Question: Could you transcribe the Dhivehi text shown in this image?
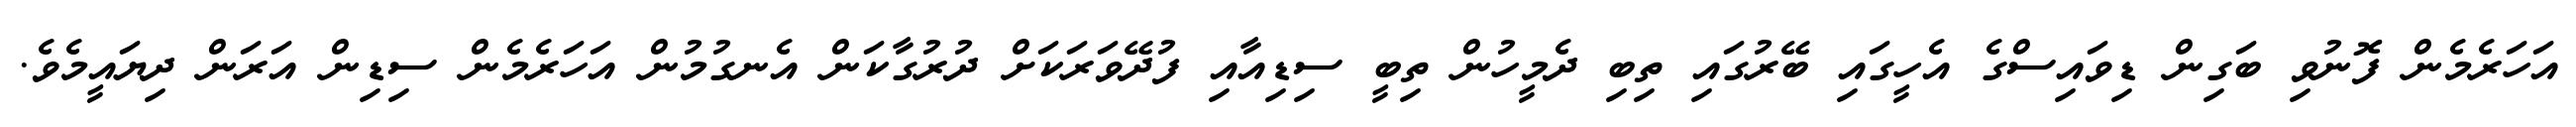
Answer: އަހަރެމެން ފޮނުވި ބަގިން ޑިވައިސްގެ އެހީގައި ބޭރުގައި ތިބި ދެމީހުން ތިބީ ސިޑިއާއި ފުދޭވަރަކަށް ދުރުގާކަން އެނގުމުން އަހަރެމެން ސިޑިން އަރަން ދިޔައީމެވެ.